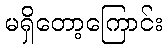
မရှိတော့ကြောင်း